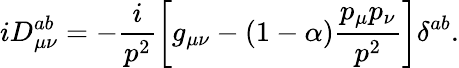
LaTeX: iD_{\mu\nu}^{ab}=-\frac i{p^{2}}\left[g_{\mu\nu}-(1-\alpha)\frac{p_{\mu}p_{\nu}}{p^{2}}\right]\delta^{ab}.